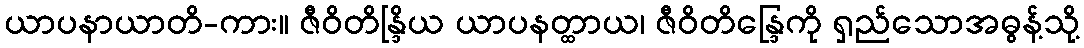
ယာပနာယာတိ-ကား။ ဇီဝိတိန္ဒြိယ ယာပနတ္ထာယ၊ ဇီဝိတိန္ဒြေကို ရှည်သောအဓွန့်သို့